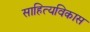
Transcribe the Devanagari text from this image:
साहित्यविकास